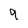
Character: 9